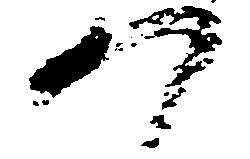
つ